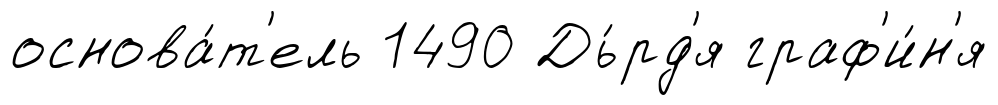
основа́т'ель 1490 Дь́рд'я граф'и́н'я